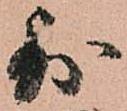
則